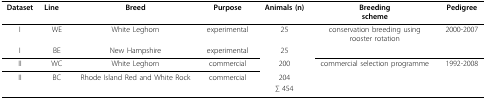
| Dataset | Line | Breed | Purpose | Animals (n) | Breedingscheme | Pedigree |
 | --- | --- | --- | --- | --- | --- | --- |
 | I | WE | White Leghorn | experimental | 25 | conservation breeding usingrooster rotation | 2000-2007 |
 | I | BE | New Hampshire | experimental | 25 |  |  |
 | II | WC | White Leghorn | commercial | 200 | commercial selection programme | 1992-2008 |
 | II | BC | Rhode Island Red and White Rock | commercial | 204 |  |  |
 |  |  |  |  | ∑ 454 |  |  |